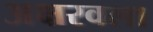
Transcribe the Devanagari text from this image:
अक्षरवला